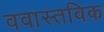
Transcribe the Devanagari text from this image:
ववास्तविक